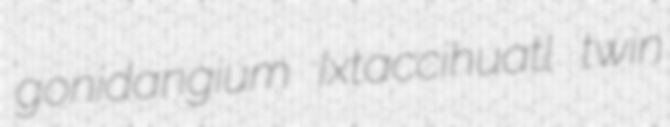
gonidangium Ixtaccihuatl twin